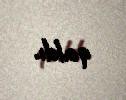
qaldı.